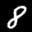
Label: 8